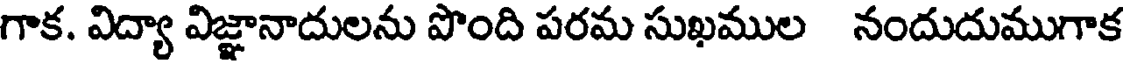
గాక. విద్యా విజ్ఞానాదులను పొంది పరమ సుఖముల నందుదుముగాక